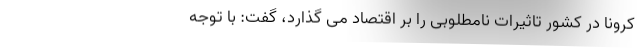
کرونا در کشور تاثیرات نامطلوبی را بر اقتصاد می گذارد، گفت: با توجه